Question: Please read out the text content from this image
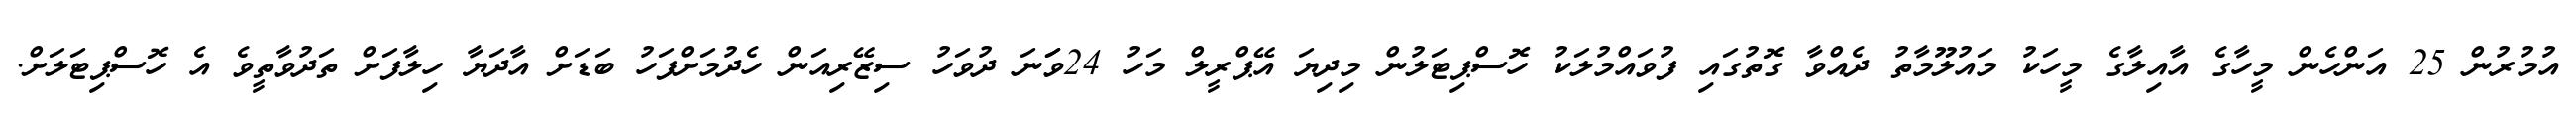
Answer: އުމުރުން 25 އަންހެން މީހާގެ އާއިލާގެ މީހަކު މައުލޫމާތު ދެއްވާ ގޮތުގައި ފުވައްމުލަކު ހޮސްޕިޓަލުން މިދިޔަ އޭޕްރީލް މަހު 24ވަަނަ ދުވަހު ސިޒޭރިއަން ހެދުމަށްފަހު ބަޑަށް އާދަޔާ ހިލާފަށް ތަދުވާތީވެ އެ ހޮސްޕިޓަލަށް.